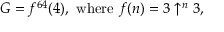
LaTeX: G = f ^ { 6 4 } ( 4 ) , { \mathrm { ~ w h e r e ~ } } f ( n ) = 3 \uparrow ^ { n } 3 ,